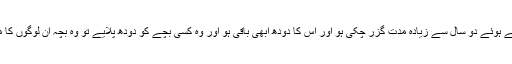
لیکن اگر دودھ پلانے والی عورت کو بچہ جنے ہوئے دو سال سے زیادہ مدت گزر چکی ہو اور اس کا دودھ ابھی باقی ہو اور وہ کسی بچے کو دودھ پلایے تو وہ بچہ ان لوگوں کا محرم بن جاتا ہے جن کا ذکر اوپر کیا گیا ہے۔